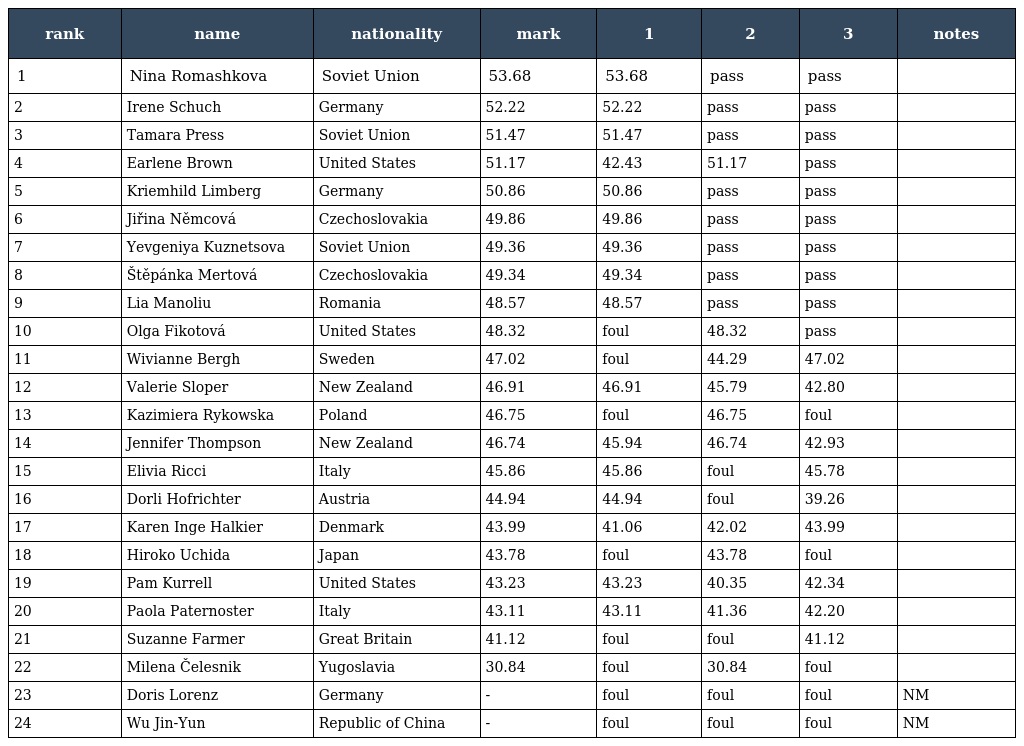
| rank | name | nationality | mark | 1 | 2 | 3 | notes |
 | --- | --- | --- | --- | --- | --- | --- | --- |
 | 1 | Nina Romashkova | Soviet Union | 53.68 | 53.68 | pass | pass |  |
 | 2 | Irene Schuch | Germany | 52.22 | 52.22 | pass | pass |  |
 | 3 | Tamara Press | Soviet Union | 51.47 | 51.47 | pass | pass |  |
 | 4 | Earlene Brown | United States | 51.17 | 42.43 | 51.17 | pass |  |
 | 5 | Kriemhild Limberg | Germany | 50.86 | 50.86 | pass | pass |  |
 | 6 | Jiřina Němcová | Czechoslovakia | 49.86 | 49.86 | pass | pass |  |
 | 7 | Yevgeniya Kuznetsova | Soviet Union | 49.36 | 49.36 | pass | pass |  |
 | 8 | Štěpánka Mertová | Czechoslovakia | 49.34 | 49.34 | pass | pass |  |
 | 9 | Lia Manoliu | Romania | 48.57 | 48.57 | pass | pass |  |
 | 10 | Olga Fikotová | United States | 48.32 | foul | 48.32 | pass |  |
 | 11 | Wivianne Bergh | Sweden | 47.02 | foul | 44.29 | 47.02 |  |
 | 12 | Valerie Sloper | New Zealand | 46.91 | 46.91 | 45.79 | 42.80 |  |
 | 13 | Kazimiera Rykowska | Poland | 46.75 | foul | 46.75 | foul |  |
 | 14 | Jennifer Thompson | New Zealand | 46.74 | 45.94 | 46.74 | 42.93 |  |
 | 15 | Elivia Ricci | Italy | 45.86 | 45.86 | foul | 45.78 |  |
 | 16 | Dorli Hofrichter | Austria | 44.94 | 44.94 | foul | 39.26 |  |
 | 17 | Karen Inge Halkier | Denmark | 43.99 | 41.06 | 42.02 | 43.99 |  |
 | 18 | Hiroko Uchida | Japan | 43.78 | foul | 43.78 | foul |  |
 | 19 | Pam Kurrell | United States | 43.23 | 43.23 | 40.35 | 42.34 |  |
 | 20 | Paola Paternoster | Italy | 43.11 | 43.11 | 41.36 | 42.20 |  |
 | 21 | Suzanne Farmer | Great Britain | 41.12 | foul | foul | 41.12 |  |
 | 22 | Milena Čelesnik | Yugoslavia | 30.84 | foul | 30.84 | foul |  |
 | 23 | Doris Lorenz | Germany | - | foul | foul | foul | NM |
 | 24 | Wu Jin-Yun | Republic of China | - | foul | foul | foul | NM |